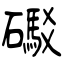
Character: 礟